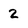
Character: 2